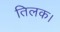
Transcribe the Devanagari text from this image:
तिलक।